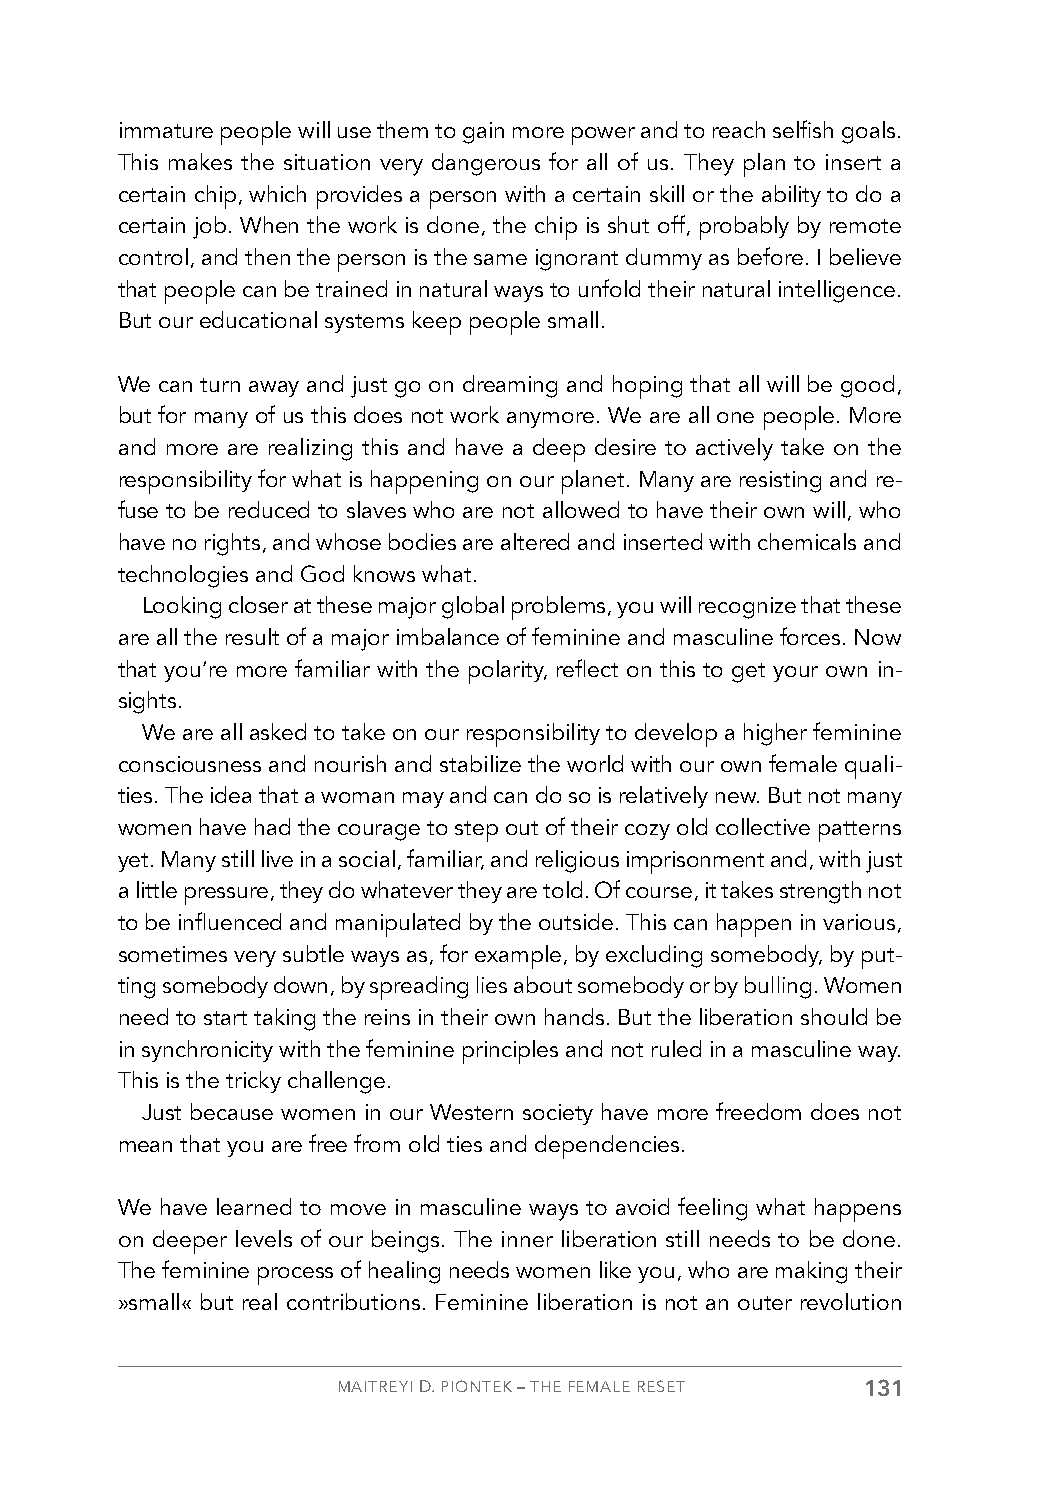
immature people will use them to gain more power and to reach selfish goals.
 This makes the situation very dangerous for all of us. They plan to insert a
 certain chip, which provides a person with a certain skill or the ability to do a
 certain job. When the work is done, the chip is shut off, probably by remote
 control, and then the person is the same ignorant dummy as before. I believe
 that people can be trained in natural ways to unfold their natural intelligence.
 But our educational systems keep people small.
 We can turn away and just go on dreaming and hoping that all will be good,
 but for many of us this does not work anymore. We are all one people. More
 and more are realizing this and have a deep desire to actively take on the
 responsibility for what is happening on our planet. Many are resisting and re-
 fuse to be reduced to slaves who are not allowed to have their own will, who
 have no rights, and whose bodies are altered and inserted with chemicals and
 technologies and God knows what.
 Looking closer at these major global problems, you will recognize that these
 are all the result of a major imbalance of feminine and masculine forces. Now
 that you’re more familiar with the polarity, reflect on this to get your own in-
 sights.
 We are all asked to take on our responsibility to develop a higher feminine
 consciousness and nourish and stabilize the world with our own female quali-
 ties. The idea that a woman may and can do so is relatively new. But not many
 women have had the courage to step out of their cozy old collective patterns
 yet. Many still live in a social, familiar, and religious imprisonment and, with just
 a little pressure, they do whatever they are told. Of course, it takes strength not
 to be influenced and manipulated by the outside. This can happen in various,
 sometimes very subtle ways as, for example, by excluding somebody, by put-
 ting somebody down, by spreading lies about somebody or by bulling. Women
 need to start taking the reins in their own hands. But the liberation should be
 in synchronicity with the feminine principles and not ruled in a masculine way.
 This is the tricky challenge.
 Just because women in our Western society have more freedom does not
 mean that you are free from old ties and dependencies.
 We have learned to move in masculine ways to avoid feeling what happens
 on deeper levels of our beings. The inner liberation still needs to be done.
 The feminine process of healing needs women like you, who are making their
 »small« but real contributions. Feminine liberation is not an outer revolution
 MAITREYI D. PIONTEK – THE FEMALE RESET 131